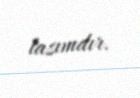
lazımdır.